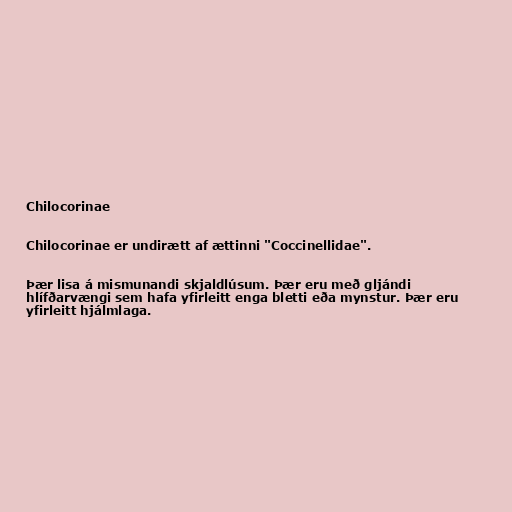
Chilocorinae

Chilocorinae er undirætt af ættinni "Coccinellidae".

Þær lisa á mismunandi skjaldlúsum. Þær eru með gljándi
hlífðarvængi sem hafa yfirleitt enga bletti eða mynstur. Þær eru
yfirleitt hjálmlaga.